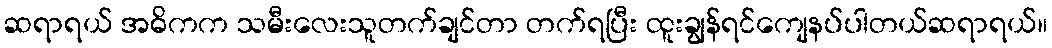
ဆရာရယ် အဓိကက သမီးလေးသူတက်ချင်တာ တက်ရပြီး ထူးချွန်ရင်ကျေနပ်ပါတယ်ဆရာရယ်။